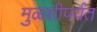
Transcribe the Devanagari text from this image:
मुळशीपर्यंत